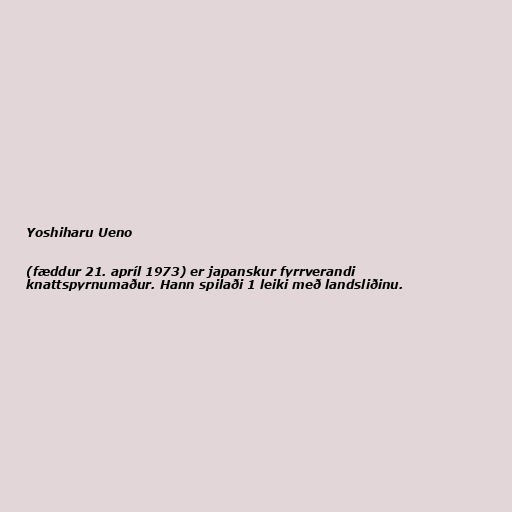
Yoshiharu Ueno

(fæddur 21. apríl 1973) er japanskur fyrrverandi
knattspyrnumaður. Hann spilaði 1 leiki með landsliðinu.